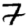
Digit: 7